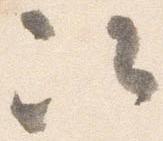
次